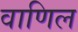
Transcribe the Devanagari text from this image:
वाणिल